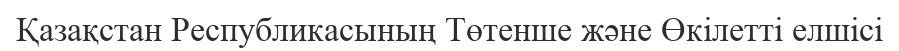
Қазақстан Республикасының Төтенше және Өкілетті елшісі